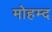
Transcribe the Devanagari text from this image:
मोहम्द